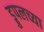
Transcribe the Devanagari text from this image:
ड्रुपलच्या